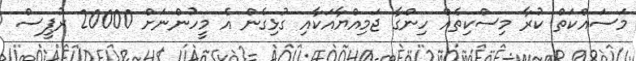
މަސައްކަތް ކުރާ މިސްކިތެއް ހިންގާ ޖަމިއްޔާއަކާއި ގުޅިގެން އެެ މީހުންނަށް 20000 ރުޕީސް